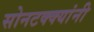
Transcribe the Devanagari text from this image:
सोनटक्क्यांनी